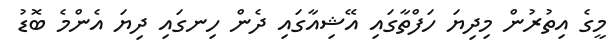
މީގެ އިތުރުން މިދިޔަ ހަފްތާގައި އޭޝިއާގައި ދެން ހިނގައި ދިޔަ އެންމެ ބޮޑު